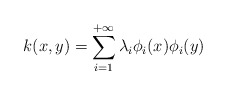
\begin{align*}k(x,y) = \sum_{i=1}^{+\infty}\lambda_i\phi_i(x)\phi_i(y)\end{align*}